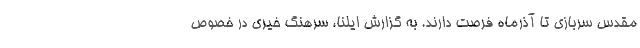
مقدس سربازی تا آذرماه فرصت دارند. به گزارش ایلنا، سرهنگ خیری در خصوص